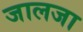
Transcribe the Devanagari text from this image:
जालजा